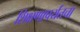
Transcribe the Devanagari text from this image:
शिक्षणापर्यंतचा